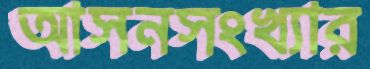
আসনসংখ্যার